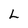
Character: L